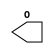
`timescale 1ns/1ps
`celldefine
//
// BOOT_CLOCK simulation model
// Internal BOOT_CLK connection
//
// Copyright (c) 2023 Rapid Silicon, Inc.  All rights reserved.
//

module BOOT_CLOCK #( 
  parameter PERIOD = 25.0 // Clock period for simulation purposes (nS)
) (
  output reg O = 1'b0 // Clock output
);
localparam HALF_PERIOD = PERIOD/2.0;

			   
  always
    #HALF_PERIOD O <= ~O;
 initial begin

    if ((PERIOD < 16.0) || (PERIOD > 30.0)) begin
       $display("BOOT_CLOCK instance %m PERIOD set to incorrect value, %f.  Values must be between 16.0 and 30.0.", PERIOD);
    #1 $stop;
    end

  end

endmodule
`endcelldefine